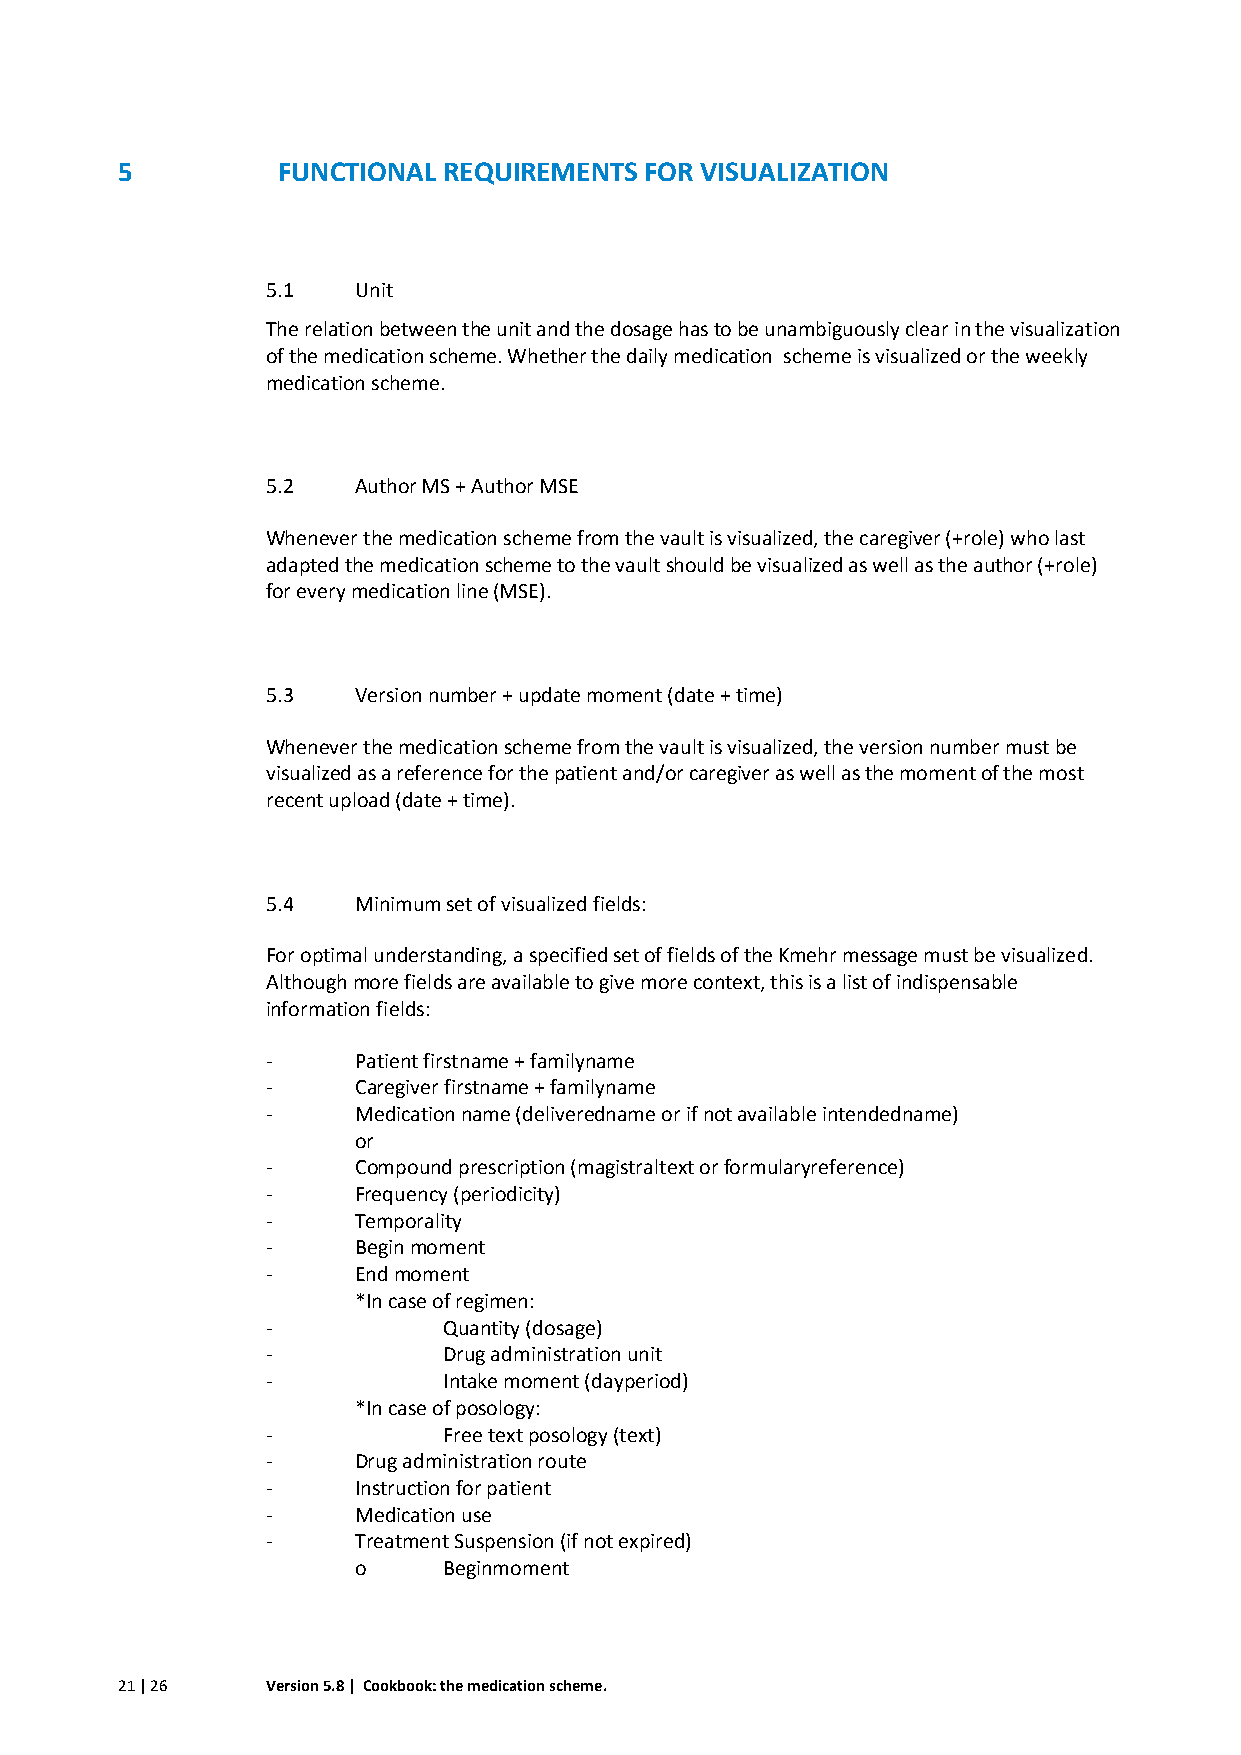
5         FUNCTIONAL REQUIREMENTS  FOR VISUALIZATION
 5.1  Unit
 The relation between the unit and the dosage has to be unambiguously clear in the visualization
 of the medication scheme. Whether the daily medication scheme is visualized or the weekly
 medication scheme.
 5.2  Author MS + Author MSE
 Whenever the medication scheme from the vault is visualized, the caregiver (+role) who last
 adapted the medication scheme to the vault should be visualized as well as the author (+role)
 for every medication line (MSE).
 5.3  Version number + update moment (date + time)
 Whenever the medication scheme from the vault is visualized, the version number must be
 visualized as a reference for the patient and/or caregiver as well as the moment of the most
 recent upload (date + time).
 5.4  Minimum set of visualized fields:
 For optimal understanding, a specified set of fields of the Kmehr message must be visualized.
 Although more fields are available to give more context, this is a list of indispensable
 information fields:
 -    Patient firstname + familyname
 -    Caregiver firstname + familyname
 -    Medication name (deliveredname or if not available intendedname)
 or
 -    Compound prescription (magistraltext or formularyreference)
 -    Frequency (periodicity)
 -    Temporality
 -    Begin moment
 -    End moment
 *In case of regimen:
 -          Quantity (dosage)
 -          Drug administration unit
 -          Intake moment (dayperiod)
 *In case of posology:
 -          Free text posology (text)
 -    Drug administration route
 -    Instruction for patient
 -    Medication use
 -    Treatment Suspension (if not expired)
 o     Beginmoment
 21 | 26   Version 5.8 | Cookbook: the medication scheme.